King Institute of Preventive Medicine Micro-Biological Section reports 1909-11
Year: 1909
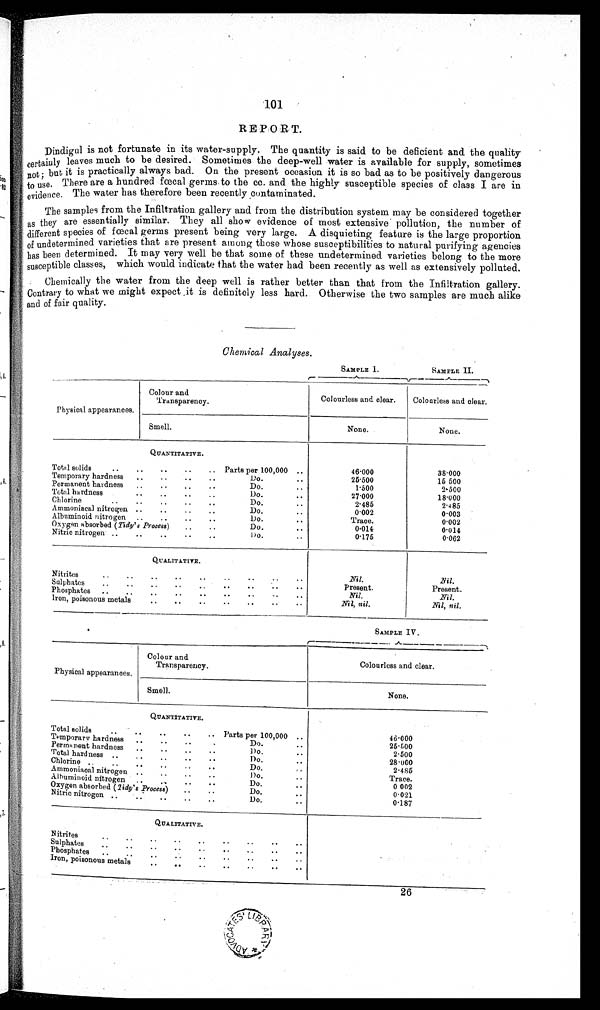
101
REPORT.
Dindigul is not fortunate in its water-supply. The quantity is said to be deficient and the quality
certainly leaves much to be desired. Sometimes the deep-well water is available for supply, sometimes
n o t ; b u t i t i s p r a c t i c a l l y a l w a y s b a d . O n t h e p r e s e n t o c c a s i o n i t i s s o b a d a s t o b e p o s i t i v e l y d a n g e r o u s
to There are a hundred fœcal germs to the cc. and the highly susceptible species of class I are in
evidence. The water has therefore been recently contaminated.
The samples from the Infiltration gallery and from the distribution system may be considered together
as they are essentially similar. They all show evidence of most extensive pollution, the number of
different species of fœcal germs present being very large. A disquieting feature is the large proportion
of undetermined varieties that are present among those whose susceptibilities to natural purifying agencies
has been determined. It may very well he that some of these undetermined varieties belong to the more
susceptible classes, which would indicate that the water had been recently as well as extensively polluted.
Chemically the water from the deep well is rather better than that from the Infiltration gallery.
Contrary to what we might expect ,it is definitely less hard. Otherwise the two samples are much alike
and of fair quality.
Chemical Analyses.
SAMPLE I.
SAMPLE II.
Physical appearances.
Colour and
Transparency.
Colourless and clear.
Colourless and clear.
Smell.
None.
None.
QUANTITATIVE.
Total solids
.. Parts per 100,000 ..
46.000
38.000
Temporary hardness
..
..
..
..
Do.
25.500
15 500
Permanent hardness
..
..
..
..
Do.
1.500
2.500
Total hardness
..
..
..
..
Do.
..
27.000
18.000
Chlorine
Do.
2.485
2.485
Ammoniacal nitrogen ..
..
..
..
Do.
0.002
0.003
Albuminoid nitrogen ..
..
..
..
Do.
Trace.
0.002
Oxygen absorbed (Tidy's Process)
..
..
Do.
..
0 . 0 1 4
0.014
Nitric nitrogen ..
..
..
D o .
0.175
0.062
QUALITATIVE.
Nitrites
..
..
..
Nil.
Nil.
Sulphates
..
..
..
..
.
.
..
..
Present.
Present.
Phosphates
..
..
..
Nil.
Nil.
Iron, poisonous metals
..
..
..
..
..
..
Nil, nil.
Nil, nil.
SAMPLE IV.
Physical appearances.
Colour and
Transparency.
Colourless and clear.
Smell.
None.
Total solids
..
..
.
QUANTITATIVE.
..
.. Parts per 100,000 ..
46.000
Temporary hardness
..
.
..
Do.
25.500
Permanent hardness
..
..
..
Do.
2.500
Total hardness ..
D o .
28.000
Chlorine .
..
.
D o .
2.485
Ammoniacal nitrogen ..
..
.
Do.
..
Trace.
Albuminoid nitrogen ..
Do.
0 002
Oxygen absorbed (Tidy's Process)
..
..
Do.
0.021
N i t r i c n i t r o g e n ..
..
Do.
..
0.187
QUALITATIVE.
Nitrites
S u l p h a t e s
..
..
..
..
Phosphates
..
Iron, poisonous metals
..
26